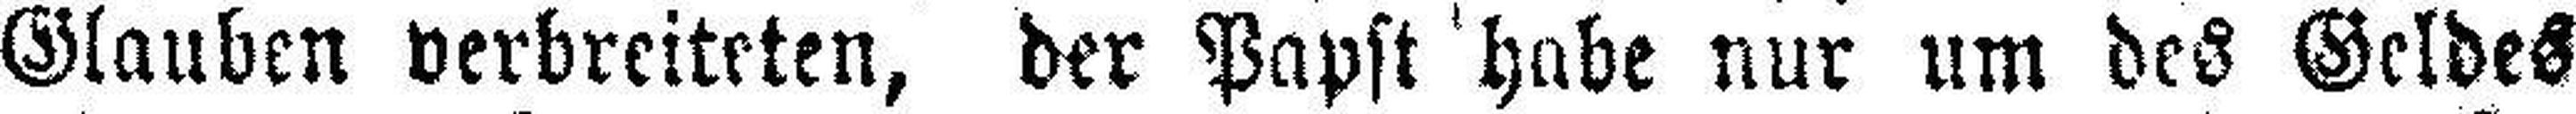
Glauben verbreiteten, der Papst habe nur um des Geldes